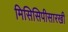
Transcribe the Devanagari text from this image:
मिसिसिपीसारखी